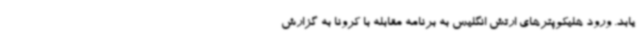
یابد. ورود هلیکوپترهای ارتش انگلیس به برنامه مقابله با کرونا به گزارش